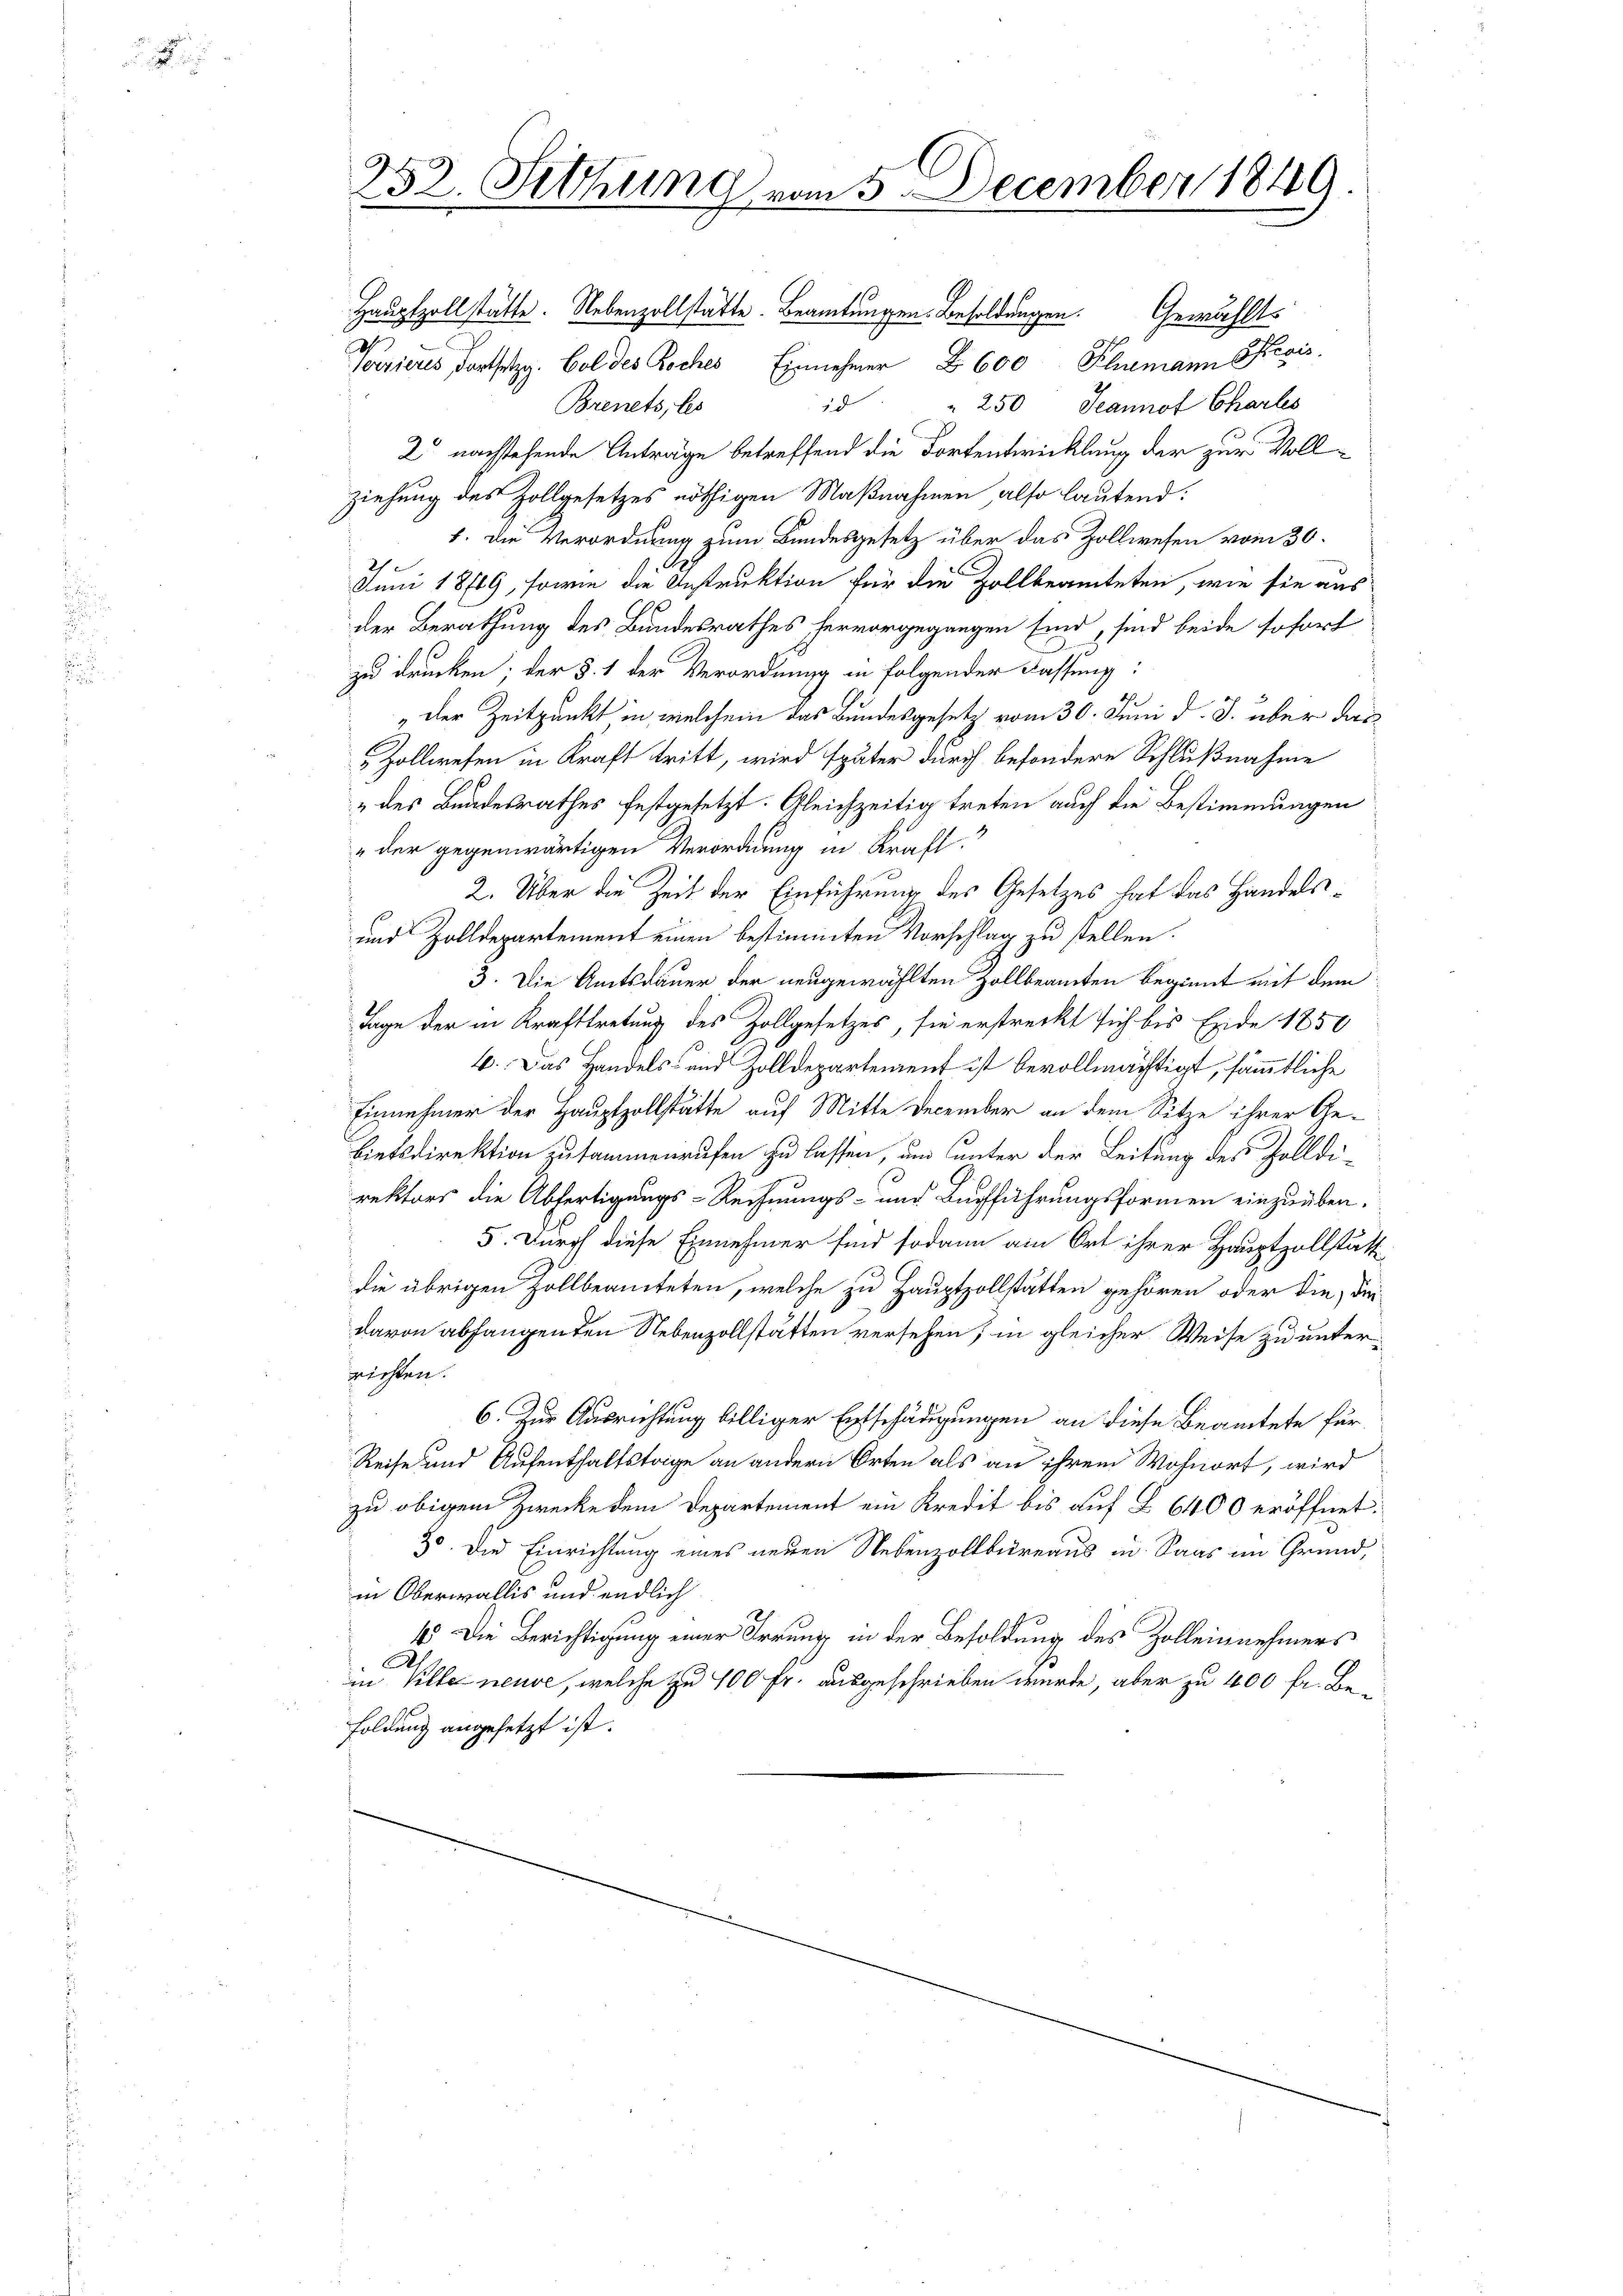
Hauptzollstätte. Nebenzollstätte. Beamtungen. Besoldungen. Gewählt
Vorrieres Fortsetzg. Bol des Koches Einnehmer 600 Schumann Provis
Brenets, les
id " " 250 Jeannot Charles
2 nachstehende Anträge betreffend die Fortentwicklung der zur Vollziehung des Zollgesetzes nöthigen Maßnahmen, also lautend:
1. Die Verordnung zum Bundesgesetz über das Zollwesen vom 30.
Juni 18789, sowie die Instruktion für die Zollbeamteten, wie sie aus
der Berathung des Bundesrathes hervorgegangen sind, sind beide sofort
zu drucken. Der §. 1 der Verordnung in folgender Fassung:
„der Zeitpunkt in welchem das Bundesgesetz vom 30. Juni d. J. über das¬
Zollwesen in Kraft tritt, wird später durch besondere Schlußnahme
„des Bundesrathes festgesetzt. Gleichzeitig treten auch die Bestimmungen
"der gegenwärtigen Verordnung in Kraft.
2. Über die Zeit der Einführung des Gesetzes hat das Handels¬
und Zolldepartement einen bestimmten Vorschlag zu stellen.
3. Die Amtsdauer der neugewählten Zollbeamten beginnt mit dem
2
Tage der in Krafttretung des Zollgesetzes, sie erstreckt sich bis Ende 1850
6. Das Handels- und Zolldepartement ist bevollmächtigt, sämmtliche
Einnehmer der Hauptzollstätte auf Mitte December an dem Sitze ihrer Gebietsdirektion zusammenrufen zu lassen, um unter der Leitung des Zolldirektors die Abfertigungs-Rechnungs- und Buchführungsformen einzuüben.
5. Durch diese Einnehmer sind sodann am Ort ihrer Hauptzollstätt
die übrigen Zollbeamteten, welche zu Hauptzollstätten gehören oder die, die
davon abhangenden Nebenzollstätten versehen; in gleicher Weise zu unterrichten.
6. Zur Ausrichtung billiger Entschädigungen an diese Beamtete für
Reise und Aufenthaltstrige an andern Orten als an ihrem Wohnort, wird
zu obigem Zwecke dem Departement ein Kredit bis auf L 6400 eröffnet.
30. Die Einrichtung eines neuen Nebenzoltbureaus in Saas im Grund,
in Oberwallis und endlich
1 Die Berichtigung einer Irrung in der Besoldung des Zolleinnehmers
.
in Pille neuve, welche zu 100 Fr. ausgeschrieben wurde, aber zu 400 fr. Be¬
Foldung angesetzt ist.

252. Sitzung vom 5. December 1849.
.